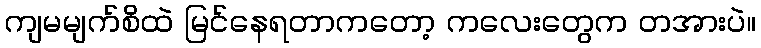
ကျမမျက်စိထဲ မြင်နေရတာကတော့ ကလေးတွေက တအားပဲ။